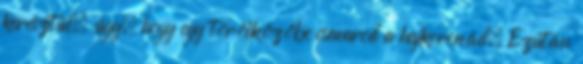
keresztül, úgy, hogy egy törölközőbe csavarod a hajkoronád. Ezután